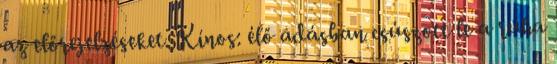
az elő­re­jel­zé­se­ket. Kínos: élő adásban csúszott le a ruha